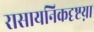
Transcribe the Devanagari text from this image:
रासायनिकदृष्टय़ा